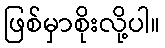
ဖြစ်မှာစိုးလို့ပါ။